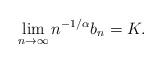
LaTeX: \begin{align*}\lim_{n \to \infty} n^{-1/\alpha} b_n = K.\end{align*}